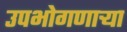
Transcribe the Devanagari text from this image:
उपभोगणार्‍या